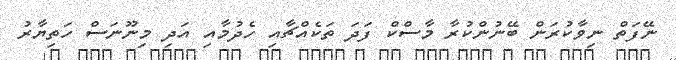
ނޭފަތް ނިވާކުރަން ބޭނުންކުރާ މާސްކް ފަދަ ތަކެއްޗާއި ހެދުމާއި އަދި މިނޫނަސް ހަތިޔާރު